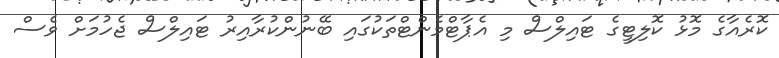
ކޮރެއާގެ މޮޅު ކޮލިޓީގެ ޓައިލްސް މި އެޕާޓްމެންޓްތަކުގައި ބޭނުންކުރާއިރު ޓައިލްސް ޖެހުމަށް ވެސް